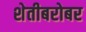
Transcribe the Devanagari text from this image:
शेतीबरोबर